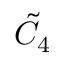
{ \tilde { C } } _ { 4 }